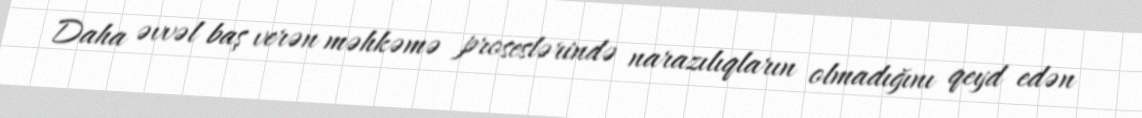
Daha əvvəl baş verən məhkəmə proseslərində narazılıqların olmadığını qeyd edən